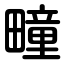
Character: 疃